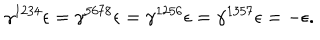
\gamma ^ { 1 2 3 4 } \epsilon = \gamma ^ { 5 6 7 8 } \epsilon = \gamma ^ { 1 2 5 6 } \epsilon = \gamma ^ { 1 3 5 7 } \epsilon = - \epsilon .